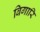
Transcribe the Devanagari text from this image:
बिगारि